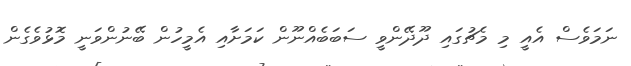
ނަމަވެސް އެއީ މި މެޗުގައި ދޫދޭންވީ ސަބަބެއްނޫން ކަމަށާއި އެމީހުން ބޭނުންވަނީ މޮޅުވެގެން